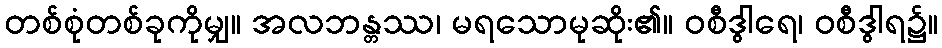
တစ်စုံတစ်ခုကိုမျှ။ အလဘန္တဿ၊ မရသောမုဆိုး၏။ ဝစီဒွါရေ၊ ဝစီဒွါရ၌။